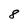
Character: 8